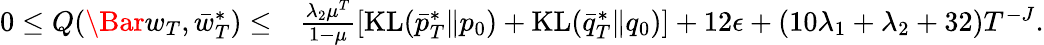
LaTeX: \begin{array}{rl}{0\leq Q(\Bar{w}_{T},\bar{w}_{T}^{*})\leq}&{\frac{\lambda_{2}\mu^{T}}{1-\mu}\left[\mathrm{KL}(\bar{p}_{T}^{*}\| p_{0})+\mathrm{KL}(\bar{q}_{T}^{*}\| q_{0})\right]+12\epsilon+(10\lambda_{1}+\lambda_{2}+32)T^{-J}.}\end{array}